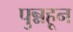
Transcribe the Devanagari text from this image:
पुन्नहून